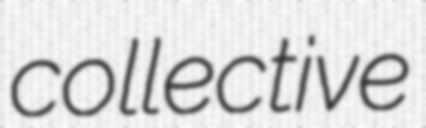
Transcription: collective